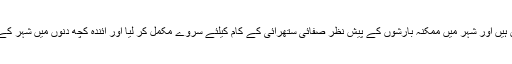
ڈاکٹر رشید نے بتایا کہ ہم محکمہ بلدیات اور میئر سے رابطے میں ہیں اور شہر میں ممکنہ بارشوں کے پیش نظر صفائی ستھرائی کے کام کیلئے سروے مکمل کر لیا اور آئندہ کچھ دنوں میں شہر کے تمام متاثرہ علاقوں میں مچھر مار اسپرے مہم کا آغاز کیا جائیگا ۔